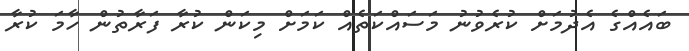
ބައެއްގެ އެދުމަށް ކުރެވުނު މަސައްކަތެއް ކަމަށް މިކަން ކުރާ ފަރާތުން ހާމަ ކުރާ